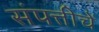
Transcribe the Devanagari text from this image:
संपत्तीचें